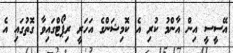
އޭސީސީ އިން އާންމު ކުރި އެ ކޮމިޝަންގެ އަހަރީ ރިޕޯޓްގައިވާ ގޮތުގައި އެ